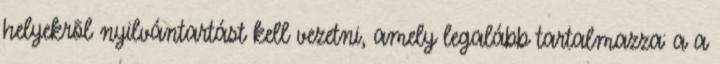
helyekrõl nyilvántartást kell vezetni, amely legalább tartalmazza: a a